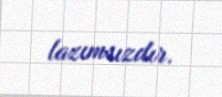
lazımsızdır.